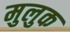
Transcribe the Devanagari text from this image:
मुलुक